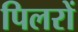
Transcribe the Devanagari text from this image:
पिलरों